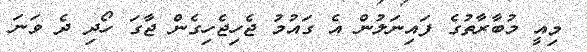
މިއީ މުބާރާތުގެ ފައިނަލުން އެ ގައުމު ޖެހިޖެހިގެން ޖާގަ ހޯދި ދެ ވަނަ